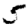
Digit: 5